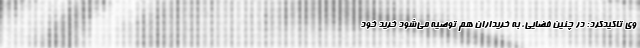
وی تاکیدکرد: ‌در چنین فضایی، به خریداران هم توصیه می‌شود خرید خود